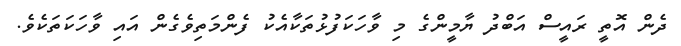
ދެން އޮތީ ރައީސް އަބްދު ޔާމީންގެ މި ވާހަކަފުޅުތަކާއެކު ފެންމަތިވެގެން އައި ވާހަކަތަކެވެ.